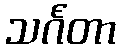
သင်္ဂတာ